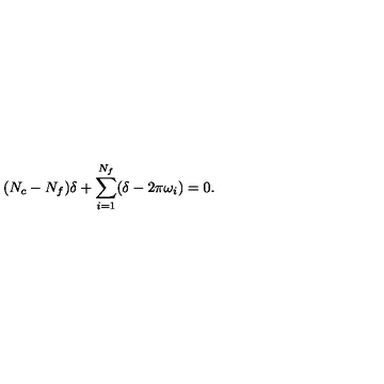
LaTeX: ( N _ { c } - N _ { f } ) \delta + \sum _ { i = 1 } ^ { N _ { f } } ( \delta - 2 \pi \omega _ { i } ) = 0 .